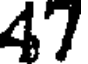
47